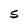
Character: S